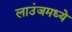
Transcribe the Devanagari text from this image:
लाउंजमध्ये